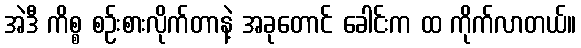
အဲဒီ ကိစ္စ စဉ်းစားလိုက်တာနဲ့ အခုတောင် ခေါင်းက ထ ကိုက်လာတယ်။